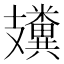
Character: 𥽤